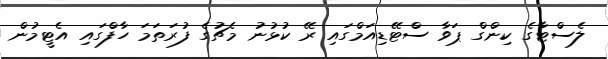
ލެސްޓާގެ ކިންގް ޕަވާ ސްޓޭޑިއަމްގައި ރޭ ކުޅުނު މެޗުގެ ފުރަތަމަ ހާފްގައި އެޓީމުން